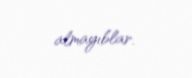
almayıblar.